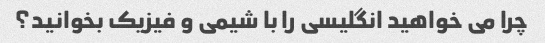
چرا می خواهید انگلیسی را با شیمی و فیزیک بخوانید؟